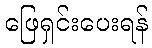
ဖြေရှင်းပေးရန်